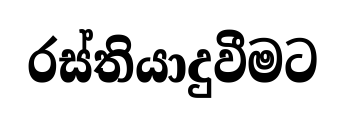
රස්තියාදුවීමට